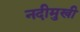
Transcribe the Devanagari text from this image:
नदीमुखी